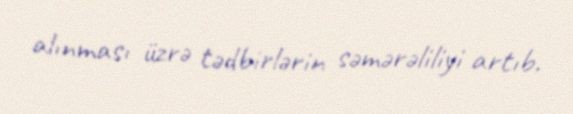
alınması üzrə tədbirlərin səmərəliliyi artıb.